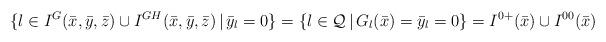
LaTeX: \begin{align*}\{l\in I^G(\bar x,\bar y,\bar z)\cup I^{GH}(\bar x,\bar y,\bar z)\,|\,\bar y_l=0\}=\{l\in\mathcal Q\,|\,G_l(\bar x)=\bar y_l=0\}=I^{0+}(\bar x)\cup I^{00}(\bar x)\end{align*}